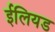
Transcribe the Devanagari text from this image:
ईलियड